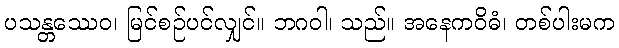
ပသန္တဿေဝ၊ မြင်စဉ်ပင်လျှင်။ ဘဂဝါ၊ သည်။ အနေကဝိဓံ၊ တစ်ပါးမက